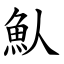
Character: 魜